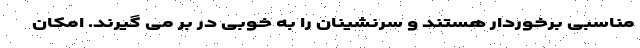
مناسبی برخوردار هستند و سرنشینان را به خوبی در بر می گیرند. امکان